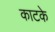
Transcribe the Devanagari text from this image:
काटके